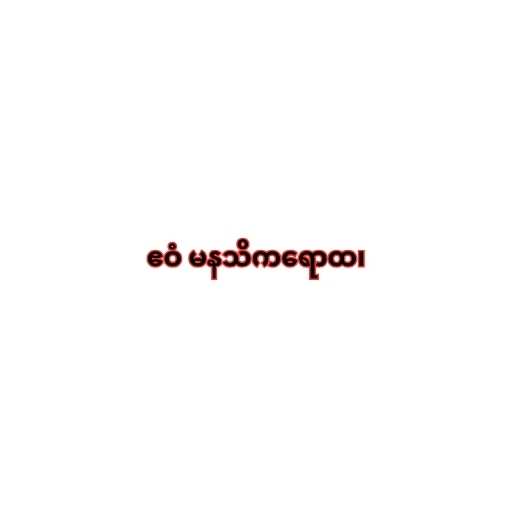
ဧဝံ မနသိကရောထ၊